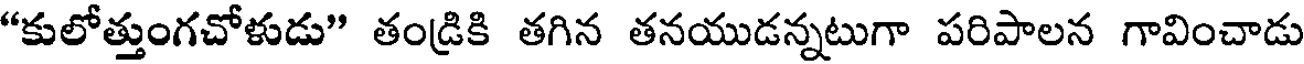
"కులోత్తుంగచోళుడు" తండ్రికి తగిన తనయుడన్నటుగా పరిపాలన గావించాడు